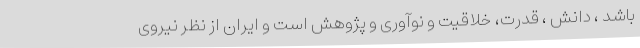
باشد ، دانش ، قدرت، خلاقیت و نوآوری و پژوهش است و ایران از نظر نیروی